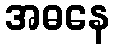
အဓနေ